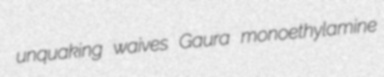
unquaking waives Gaura monoethylamine